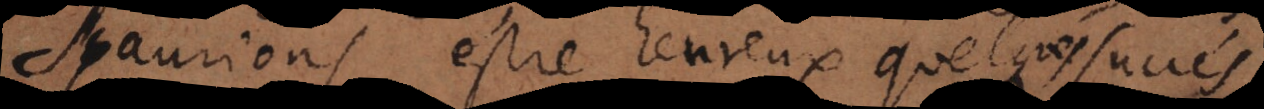
sçaurions estre heureux, quelques succés